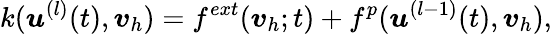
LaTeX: k({\boldsymbol{\mathbf{\mathit{u}}}}^{(l)}(t),{\boldsymbol{\mathbf{\mathit{v}}}}_{h})=f^{ext}({\boldsymbol{\mathbf{\mathit{v}}}}_{h};t)+f^{p}({\boldsymbol{\mathbf{\mathit{u}}}}^{(l-1)}(t),{\boldsymbol{\mathbf{\mathit{v}}}}_{h}),